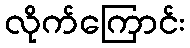
လိုက်ကြောင်း